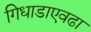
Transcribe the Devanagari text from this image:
गिधाडाएवढा